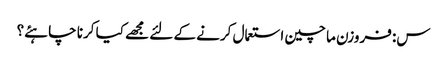
س: فروزن ما چین استعمال کرنے کے لئے مجھے کیا کرنا چاہئے؟